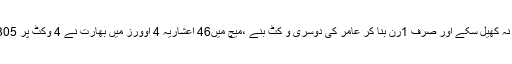
ہارک پانڈیا26رنز بنا کر محمد عامر کا شکار بنے ،ایم ایس دھونی بڑی اننگز نہ کھیل سکے اور صرف 1رن بنا کر عامر کی دوسری و کٹ بنے ،میچ میں46 اعشاریہ 4 اوورز میں بھارت نے 4 وکٹ پر 305رنز بنائے تھے کہ بارش ہوگئی،تھوڑے وقفے کے بعد میچ دوبارہ شروع ہوا۔